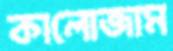
কালোজাম